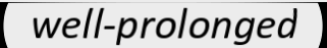
well-prolonged